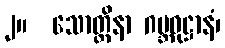
၂။  သောတ္ထိနာ ဂဗ္ဘဝုဋ္ဌာနံ၊